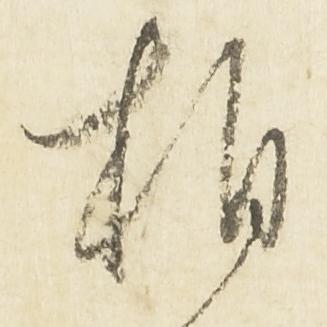
相